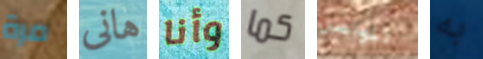
مرة هانى وأنا كما لنواصل به